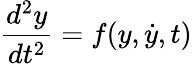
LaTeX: {\frac{d^{2}y}{dt^{2}}}=f(y,{\dot{y}},t)